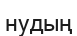
нудың